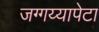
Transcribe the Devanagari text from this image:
जग्गय्यापेटा